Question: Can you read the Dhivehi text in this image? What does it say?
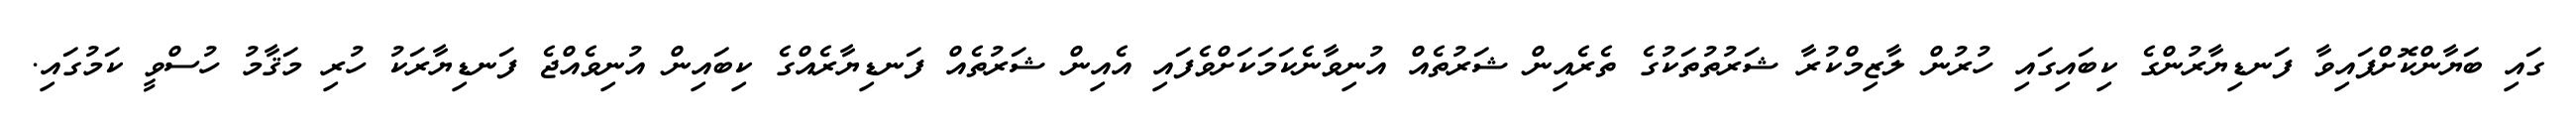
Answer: ގައި ބަޔާންކޮށްފައިވާ ފަނޑިޔާރުންގެ ކިބައިގައި ހުރުން ލާޒިމްކުރާ ޝަރުތުތަކުގެ ތެރެއިން ޝަރުތެއް އުނިވާނެކަމަކަށްވެފައި އެއިން ޝަރުތެއް ފަނޑިޔާރެއްގެ ކިބައިން އުނިވެއްޖެ ފަނޑިޔާރަކު ހުރި މަޤާމު ހުސްވީ ކަމުގައި.